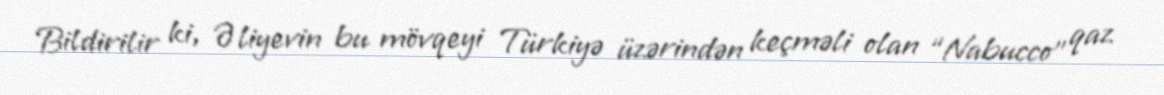
Bildirilir ki, Əliyevin bu mövqeyi Türkiyə üzərindən keçməli olan “Nabucco” qaz